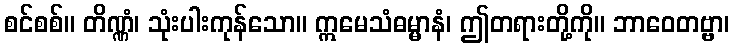
စင်စစ်။ တိဏ္ဏံ၊ သုံးပါးကုန်သော။ ဣမေသံဓမ္မာနံ၊ ဤတရားတို့ကို။ ဘာဝေတဗ္ဗာ၊